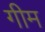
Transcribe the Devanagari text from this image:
गीम